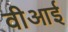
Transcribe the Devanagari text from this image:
वीआई